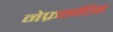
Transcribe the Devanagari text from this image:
नेफ्राइटिस